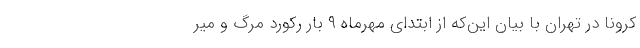
کرونا در تهران با بیان این‌که از ابتدای مهرماه ۹ بار رکورد مرگ و میر